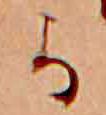
か